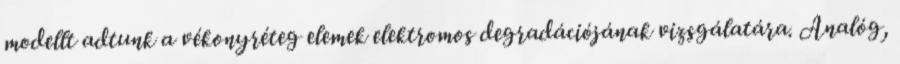
modellt adtunk a vékonyréteg elemek elektromos degradációjának vizsgálatára. Analóg,